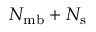
N _ { \mathrm { m b } } + N _ { \mathrm { s } }